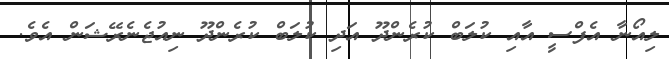
ލިއޯނާ އެފްސީ އާއި ކުލަބް ކުރެންދޫ އަދި ކުލަބް ކުރެންދޫ ނިއުޖެނެރޭޝަން އެވެ.